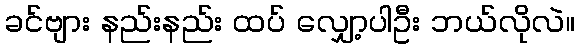
ခင်ဗျား နည်းနည်း ထပ် လျှော့ပါဦး ဘယ်လိုလဲ။